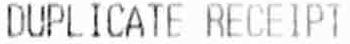
DUPLICATE RECEIPT